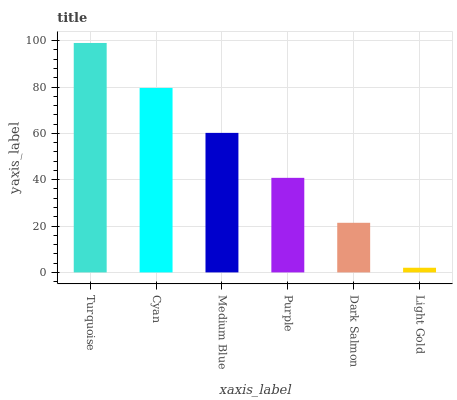
| xaxis_label | bars |
 | --- | --- |
 | Turquoise | 99 |
 | Cyan | 79.6 |
 | Medium Blue | 60.2 |
 | Purple | 40.8 |
 | Dark Salmon | 21.4 |
 | Light Gold | 2.01 |